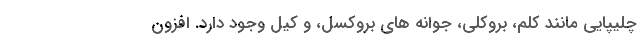
چلیپایی مانند کلم، بروکلی، جوانه های بروکسل، و کیل وجود دارد. افزون